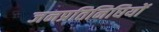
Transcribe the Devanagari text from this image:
जनप्रतिनिघियों